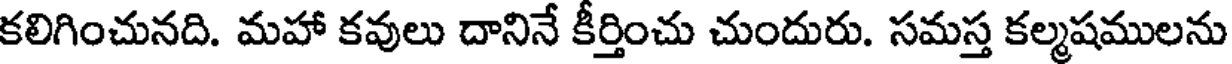
కలిగించునది. మహా కవులు దానినే కీర్తించు చుందురు. సమస్త కల్మషములను